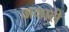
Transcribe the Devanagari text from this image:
अकाले